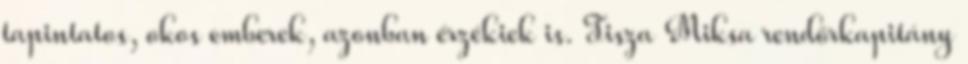
tapintatos, okos emberek, azonban érzékiek is. Tisza Miksa rendőrkapitány